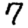
Digit: 7